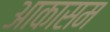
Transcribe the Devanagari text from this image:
आकासम